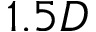
1 . 5 D